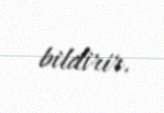
bildirir.